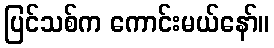
ပြင်သစ်က ကောင်းမယ်နော်။